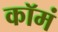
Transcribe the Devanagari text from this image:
कॉमं